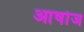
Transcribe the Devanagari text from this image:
आषोज